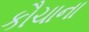
કૌચાના